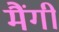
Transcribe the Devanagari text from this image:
मैंगी